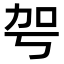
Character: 𠡐